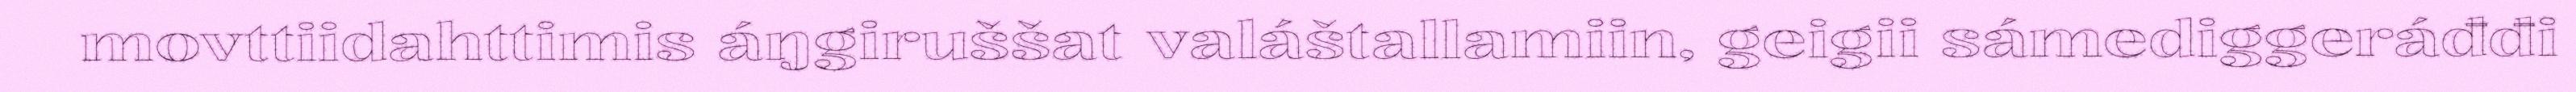
movttiidahttimis áŋgiruššat valáštallamiin, geigii sámediggeráđđi